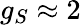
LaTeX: g_{S}\approx 2